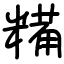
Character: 糒